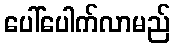
ပေါ်ပေါက်လာမည်